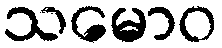
သမောဝ